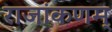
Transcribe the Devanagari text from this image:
राजांकणम्